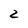
Character: 2